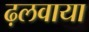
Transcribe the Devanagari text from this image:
ढ़लवाया